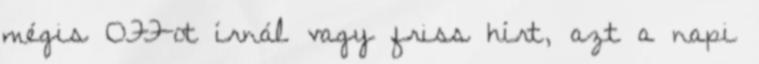
mégis OFF-ot írnál vagy friss hírt, azt a napi